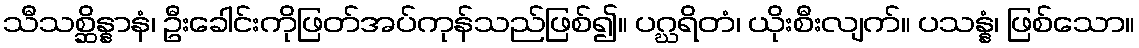
သီသစ္ဆိန္နာနံ၊ ဦးခေါင်းကိုဖြတ်အပ်ကုန်သည်ဖြစ်၍။ ပဂ္ဃရိတံ၊ ယိုးစီးလျက်။ ပသန္နံ၊ ဖြစ်သော။